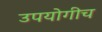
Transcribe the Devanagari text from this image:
उपयोगीच